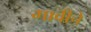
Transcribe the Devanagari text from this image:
गावीचे